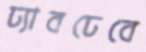
ঢ্যাবঢেবে